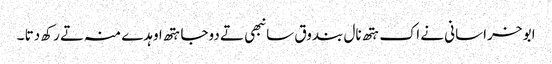
ابو خراسانی نے اک ہتھ نال بندوق سانبھی تے دوجا ہتھ اوہدے منہ تے رکھ دتا ۔